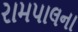
રામપાલના